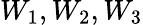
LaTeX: W_{1},W_{2},W_{3}